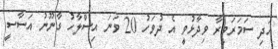
އަދި ސަމަރަވީރާ ވިދާޅުވީ އެ ދުވަހު 20 ވަނަ އިސްލާހު ގާނޫނު އަސާސީ